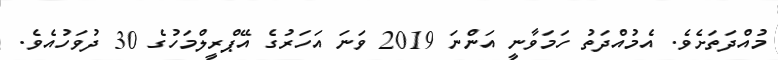
މުއްދަތަށެވެ. އެމުއްދަތު ހަމަވާނީ އަންނަ 2019 ވަނަ އަހަރުގެ އޭޕްރީލްމަހުގެ 30 ދުވަހުއެވެ.